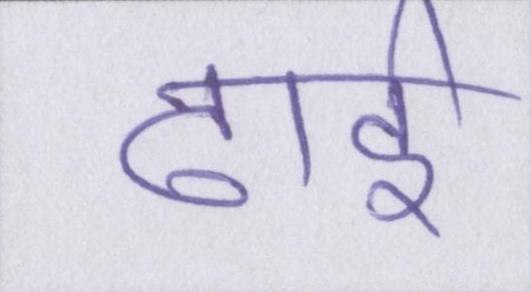
ढाई